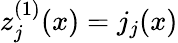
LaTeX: z_{j}^{(1)}(x)=j_{j}(x)